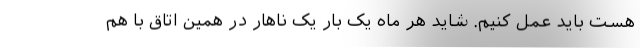
هست باید عمل کنیم. شاید هر ماه یک بار یک ناهار در همین اتاق با هم